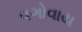
વગોવાય